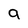
Character: 9